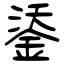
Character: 鋈